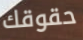
حقوقك